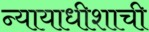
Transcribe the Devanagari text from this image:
न्यायाधीशाची